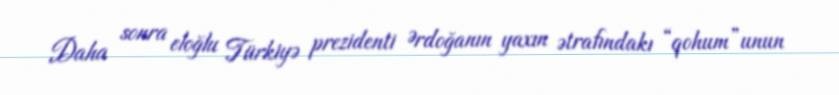
Daha sonra eloğlu Türkiyə prezidenti Ərdoğanın yaxın ətrafındakı “qohum”unun